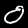
Label: 0